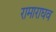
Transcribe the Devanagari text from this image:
रामाराघव